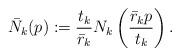
LaTeX: \begin{align*}\bar{N}_k (p) := \frac{t_k}{\bar{r}_k} N_{k} \left(\frac{\bar{r}_k p}{t_k}\right).\end{align*}